Vaccination in Bombay 1863-1868 - 1863-1868
Year: 1863
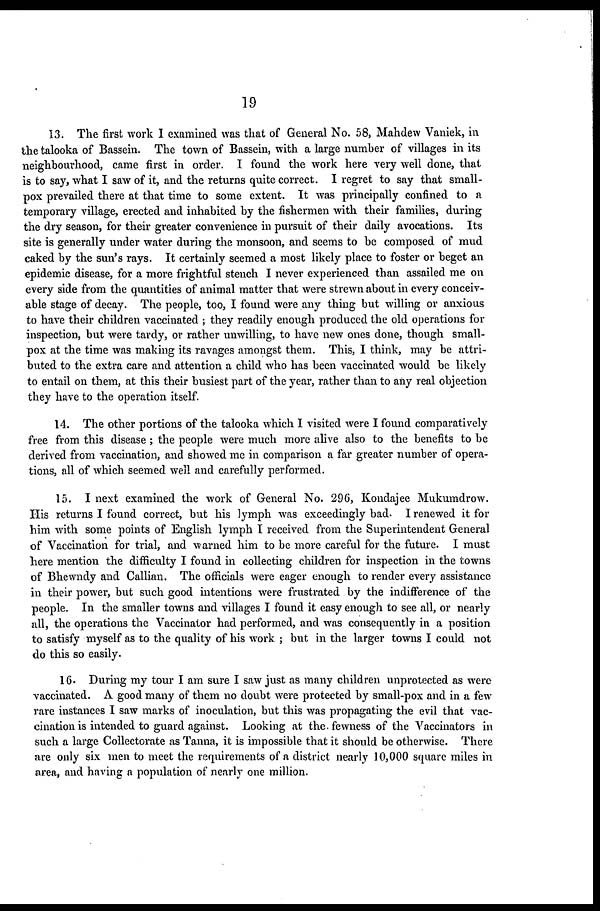
19
13. The first work I examined was that of General No. 58, Mahdew Vaniek, in
the talooka of Bassein. The town of Bassein, with a large number of villages in its
neighbourhood, came first in order. I found the work here very well done, that
is to say, what I saw of it, and the returns quite correct. I regret to say that small-
pox prevailed there at that time to some extent. It was principally confined to a
temporary village, erected and inhabited by the fishermen with their families, during
the dry season, for their greater convenience in pursuit of their daily avocations. Its
site is generally under water during the monsoon, and seems to be composed of mud
caked by the sun's rays. It certainly seemed a most likely place to foster or beget an
epidemic disease, for a more frightful stench I never experienced than assailed me on
every side from the quantities of animal matter that were strewn about in every conceiv-
able stage of decay. The people, too, I found were any thing but willing or anxious
to have their children vaccinated ; they readily enough produced the old operations for
inspection, but were tardy, or rather unwilling, to have new ones done, though small-
pox at the time was making its ravages amongst them. This, I think, may be attri-
buted to the extra care and attention a child who has been vaccinated would be likely
to entail on them, at this their busiest part of the year, rather than to any real objection
they have to the operation itself.
14. The other portions of the talooka which I visited were I found comparatively
free from this disease ; the people were much more alive also to the benefits to be
derived from vaccination, and showed me in comparison a far greater number of opera-
tions, all of which seemed well and carefully performed.
15. I next examined the work of General No. 296, Kondajee Mukumdrow.
His returns I found correct, but his lymph was exceedingly bad. I renewed it for
him with some points of English lymph I received from the Superintendent General
of Vaccination for trial, and warned him to be more careful for the future. I must
here mention the difficulty I found in collecting children for inspection in the towns
of Bhewndy and Callian. The officials were eager enough to render every assistance
in their power, but such good intentions were frustrated by the indifference of the
people. In the smaller towns and villages I found it easy enough to see all, or nearly
all, the operations the Vaccinator had performed, and was consequently in a position
to satisfy myself as to the quality of his work ; but in the larger towns I could not
do this so easily.
16. During my tour I am sure I saw just as many children unprotected as were
vaccinated. A good many of them no doubt were protected by small-pox and in a few
rare instances I saw marks of inoculation, but this was propagating the evil that vac-
cination is intended to guard against. Looking at the. fewness of the Vaccinators in
such a large Collectorate as Tanna, it is impossible that it should be otherwise. There
are only six men to meet the requirements of a district nearly 10,000 square miles in
area, and having a population of nearly one million.